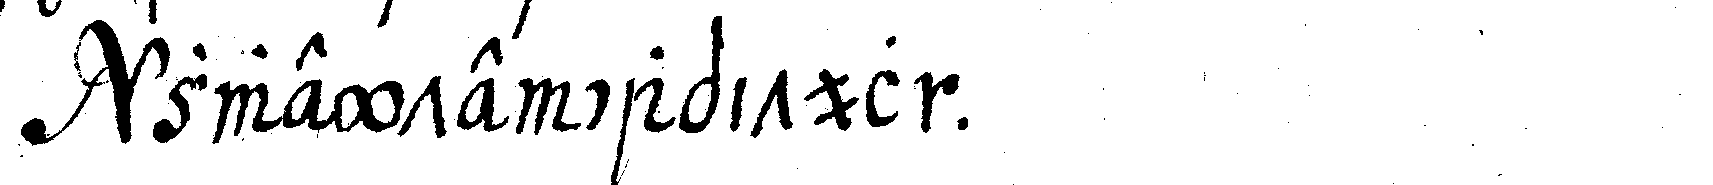
zweyte capitul .